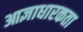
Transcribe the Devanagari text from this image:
आज्ञाधारकता